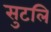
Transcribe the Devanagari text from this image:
सुटलि